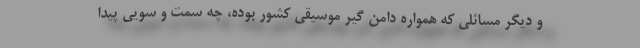
و دیگر مسائلی که همواره دامن گیر موسیقی کشور بوده، چه سمت و سویی پیدا